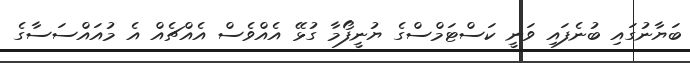
ބަޔާނުގައި ބުނެފައި ވަނީ ކަސްޓަމްސްގެ ޔުނީފޯމާ ގުޅޭ އެއްވެސް އެއްޗެއް އެ މުއައްސަސާގެ